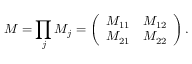
M = \prod _ { j } M _ { j } = \left( \begin{array} { l l } { M _ { 1 1 } } & { M _ { 1 2 } } \\ { M _ { 2 1 } } & { M _ { 2 2 } } \end{array} \right) .